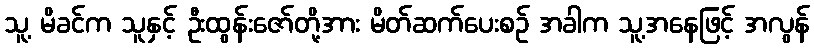
သူ့ မိခင်က သူနှင့် ဦးထွန်းဇော်တို့အား မိတ်ဆက်ပေးစဉ် အခါက သူ့အနေဖြင့် အလွန်